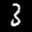
Label: 3